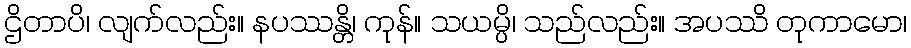
ဌိတာပိ၊ လျက်လည်း။ နပဿန္တိ၊ ကုန်။ သယမ္ပိ၊ သည်လည်း။ အပဿိ တုကာမော၊